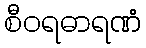
စီဝရဓာရဏံ